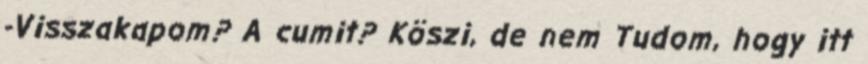
-Visszakapom? A cumit? Köszi, de nem Tudom, hogy itt